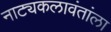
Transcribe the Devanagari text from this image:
नाट्यकलावंतांला